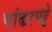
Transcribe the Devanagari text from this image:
पांढरपट्टे